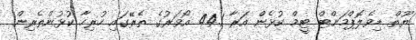
ޔޫތް ޑިވެލޮޕްމަންޓް ޓީމް ކުޅެން އަރާ 44.1 އޯވަރުގެ ތެރޭގައި ހުރިހާ ކުޅުންތެރިން